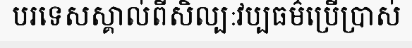
បរទេសស្គាល់ពីសិល្ប:វប្បធម៌ប្រើប្រាស់